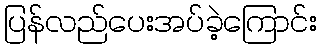
ပြန်လည်ပေးအပ်ခဲ့ကြောင်း